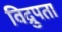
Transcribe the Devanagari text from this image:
विद्रुपता